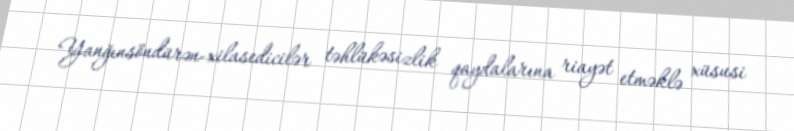
Yanğınsöndürən-xilasedicilər təhlükəsizlik qaydalarına riayət etməklə xüsusi